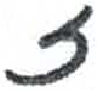
אות: ז